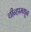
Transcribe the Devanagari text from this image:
चीन्हामधून